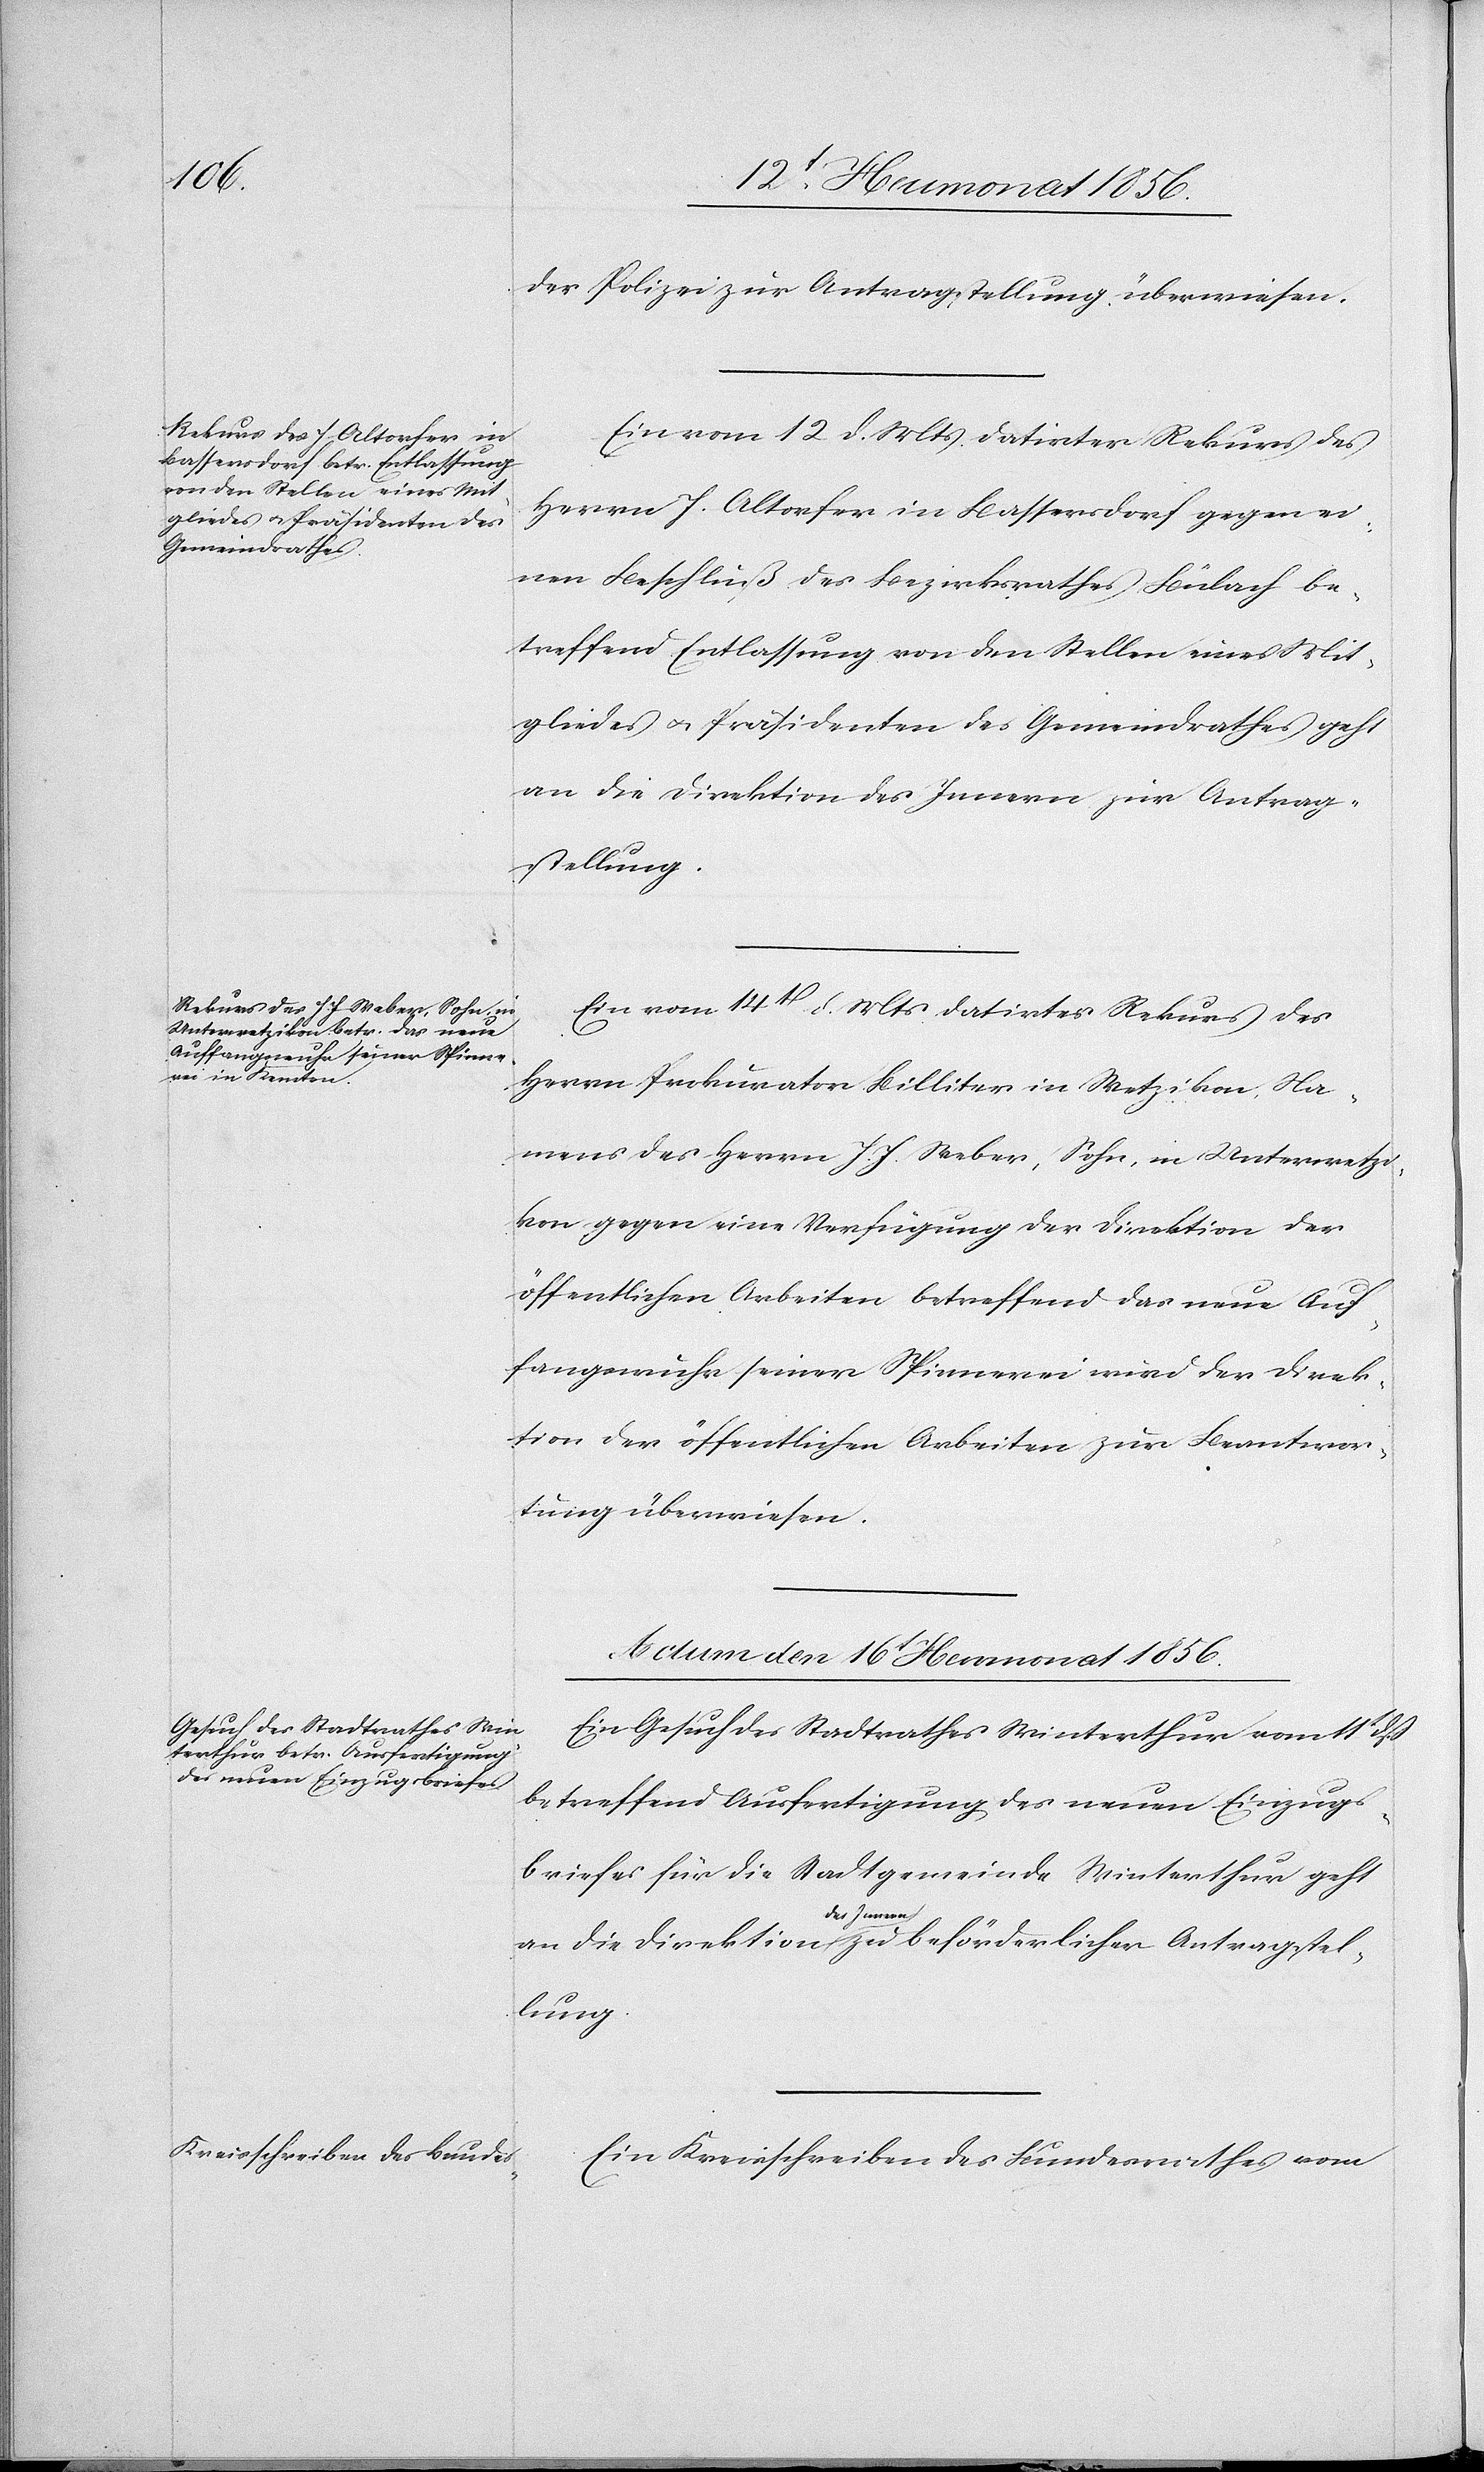
der Polizei zur Antragstellung überwiesen.
Ein vom 12 d. Mts. datirter Rekurs des
Herrn J. Altorfer in Bassersdorf gegen ei¬
nen Beschluß des Bezirksrathes Bülach be¬
treffend Entlassung von den Stellen eines Mit¬
gliedes u. Präsidenten des Gemeindrathes geht
an die Direktion des Innern zur Antrag¬
stellung.
Ein vom 14t d. Mts datirter Rekurs des
Herrn Prokurator Billiter in Wetzikon, Na¬
mens des Herrn J. J. Weber, Sohn in Unterwetzi¬
kon gegen eine Verfügung der Direktion der
öffentlichen Arbeiten betreffend das neue Auf¬
fangswuhr seiner Spinnerei wird der Direk¬
tion der öffentlichen Arbeiten zur Beantwor¬
tung überwiesen.
Actum den 16t Heumonat 1856.]
Ein Gesuch des Stadtrathes Winterthur vom 11t dß
betreffend Ausfertigung des neuen Einzugs¬
briefes für die Stadtgemeinde Winterthur geht
a-des Innern-a
Antrag¬
Ein Kreisschreiben des Bundesrathes vom